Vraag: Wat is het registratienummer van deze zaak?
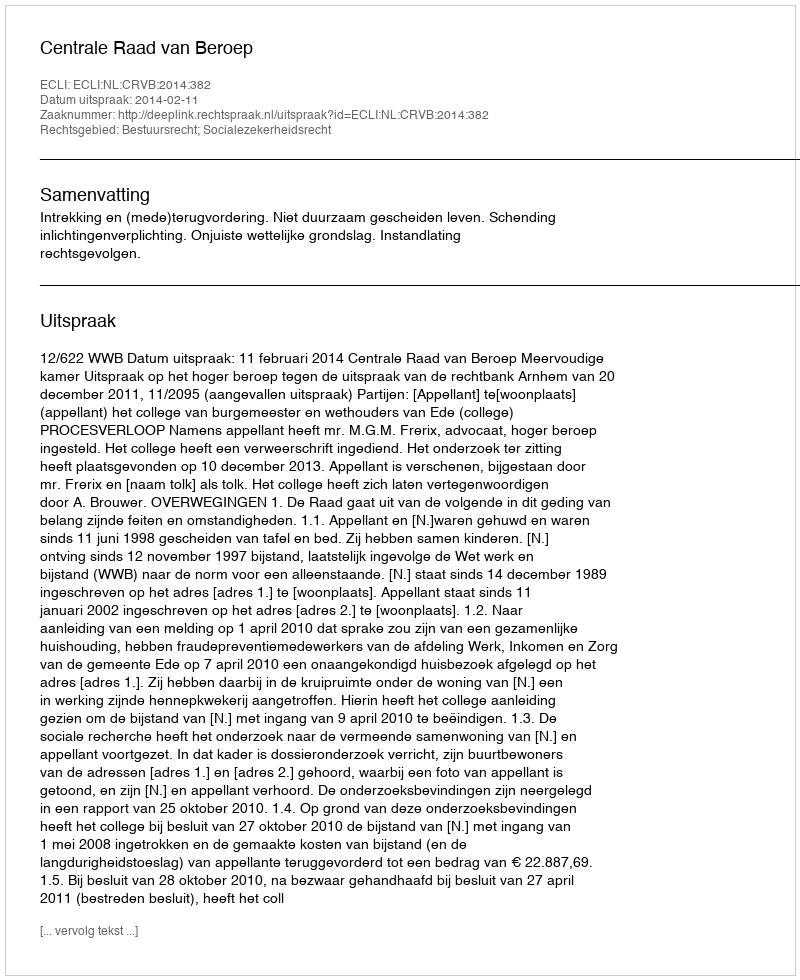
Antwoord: http://deeplink.rechtspraak.nl/uitspraak?id=ECLI:NL:CRVB:2014:382